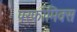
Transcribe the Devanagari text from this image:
परर्फामिक्स